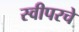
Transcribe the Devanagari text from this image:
स्वीपरचे